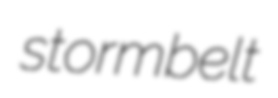
stormbelt